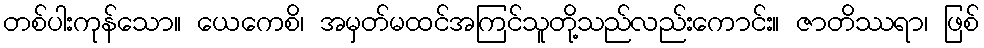
တစ်ပါးကုန်သော။ ယေကေစိ၊ အမှတ်မထင်အကြင်သူတို့သည်လည်းကောင်း။ ဇာတိဿရာ၊ ဖြစ်